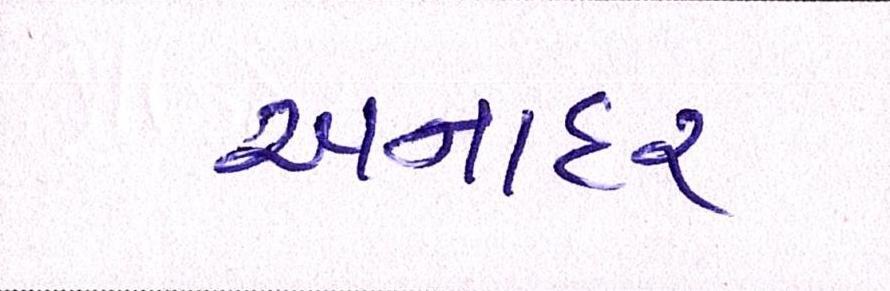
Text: અનાદર